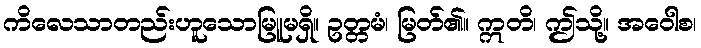
ကိလေသာတည်းဟူသောမြူမရှိ။ ဥတ္တမံ၊ မြတ်၏။ ဣတိ၊ ဤသို့။ အဝေါစ၊